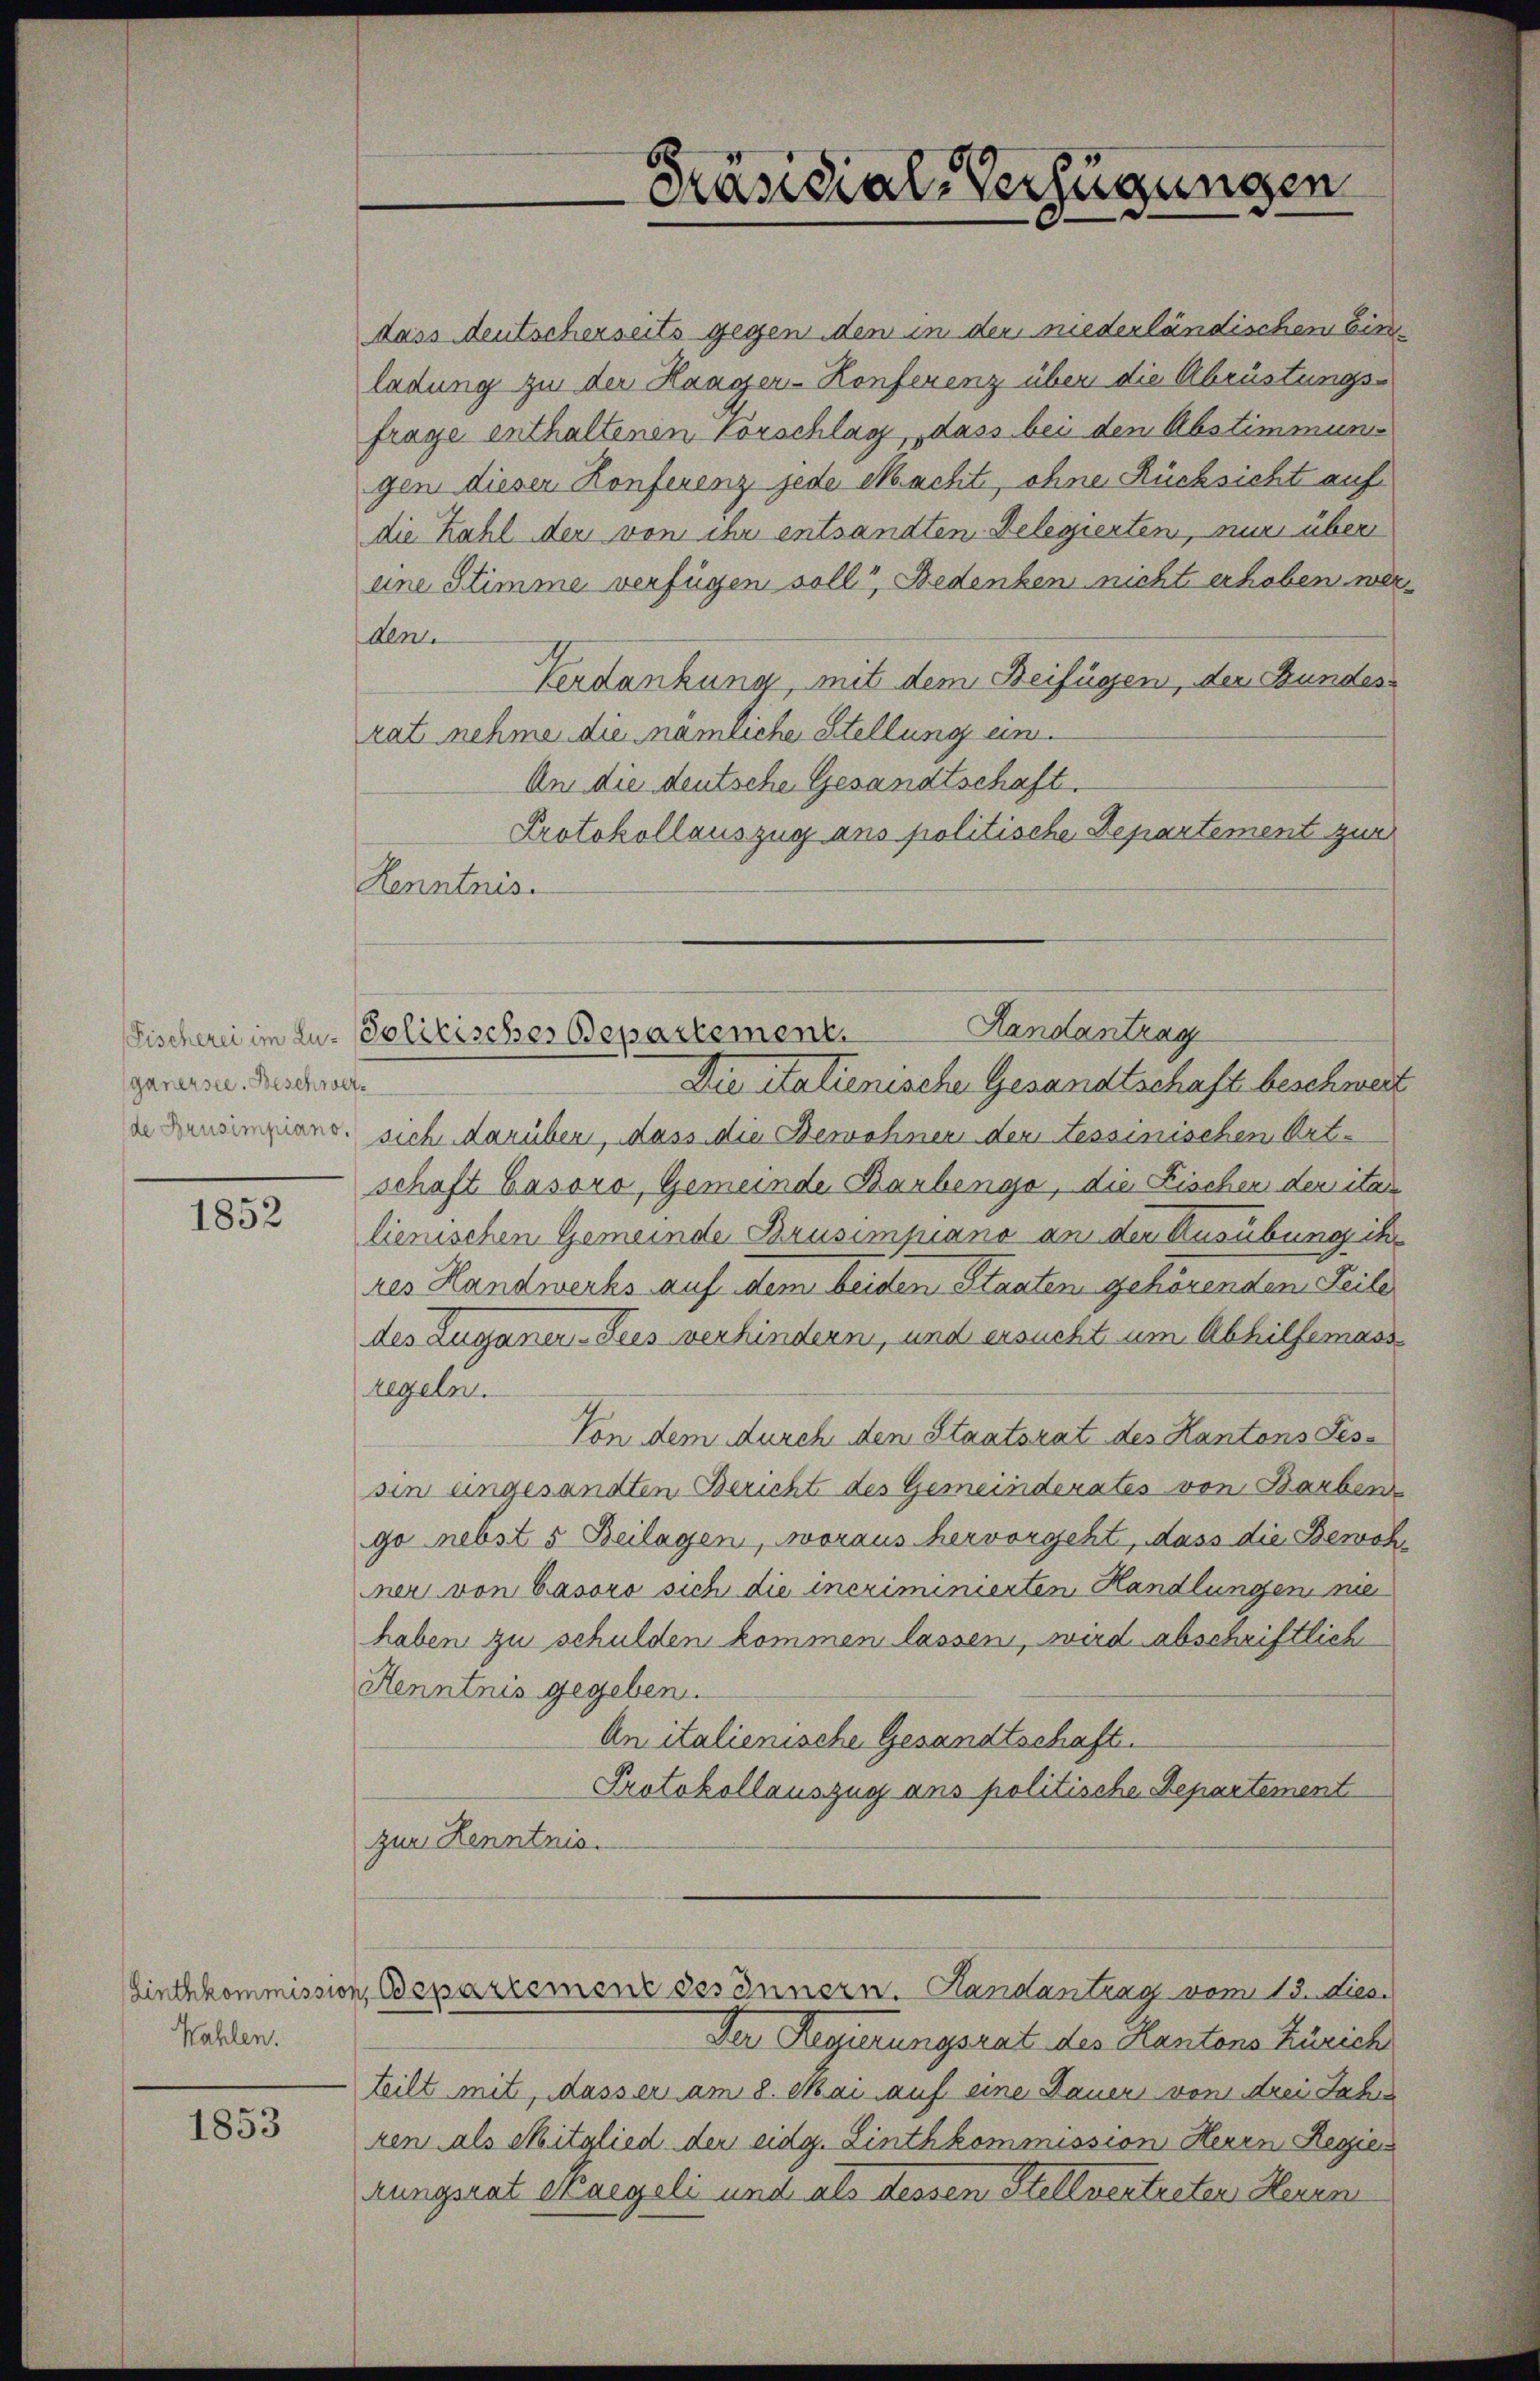
ganersee. Beschwer¬

1852

Wahlen.

1853

die Zahl der von ihr entsandten Delegierten, nur über
eine Stimme verfügen soll, Bedenken nicht erhoben wer
den
Verdankung, mit dem Beifügen, der Bundes
rat nehme die nämliche Stellung ein¬
An die deutsche Gesandtschaft.
Protokollauszug ans politische Departement zur
Kenntnis.
Die italienische Gesandtschaft beschwert
de Landenzians, sich darüber, dass die Bewohner der Tessinischen Ortschaft Gasoro, Gemeinde Barbenge, die Fischen der itar
lienischen Gemeinde Brusimpiano an der Ausübung ihr
res Handwerks auf dem beiden Staaten gehörenden Teile
des Zuganer-Tres verhindern, und ersucht um Abhilfemass
regeln.
Von dem durch den Staatsrat des Kantons Tes-
sin eingesandten Bericht des Gemeinderates von Barben
go nebst 5 Beilagen, woraus hervorgeht, dass die Bewohner von Gasoro sich die incriminierten Handlungen nie
haben zu schulden kommen lassen, wird abschriftlich
Henntnis gegeben.
An italienische Gesandtschaft.
Protokollauszug ans politische Departement
zur Kenntnis.
Sinthkommission, spartemenz des Innern. Handantrag vom 13. Dies
Der Regierungsrat des Kantons Zürich
teilt mit, Masser am 8. Mai auf eine Dauer von drei Jahre
ren als Mitglied der eidg. Linthkommission Herrn Regien
rungsrat Saegeli und als dessen Stellvertreten Herum

Präsidial-Verfügungen

dass deutscherseits gegen den in der niederländischen Ein
ladung zu der Haager-Konferenz über die Abrüstungsfrage enthaltenen Vorschlag, dass bei den Abstimmung
gen dieser Konferenz jede Macht, ohne Rücksicht auf

Landantrag
Fischerei im Zu- Politischer Departement.